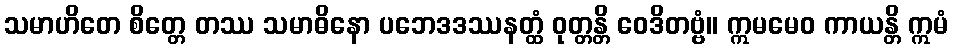
သမာဟိတေ စိတ္တေ တဿ သမာဓိနော ပဘေဒဒဿနတ္ထံ ဝုတ္တန္တိ ဝေဒိတဗ္ဗံ။ ဣမမေဝ ကာယန္တိ ဣမံ